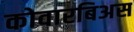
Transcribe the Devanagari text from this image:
कोवारबिअस